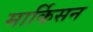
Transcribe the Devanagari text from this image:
मार्किसन